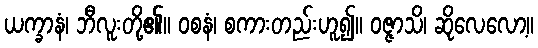
ယက္ခာနံ၊ ဘီလူးတို့၏။ ဝစနံ၊ စကားတည်းဟူ၍။ ဝဇ္ဇာသိ၊ ဆိုလေလော့။